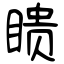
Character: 瞆